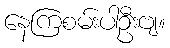
နေကြစမ်းပါဦးဗျ။